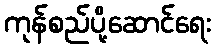
ကုန်စည်ပို့ဆောင်ရေး